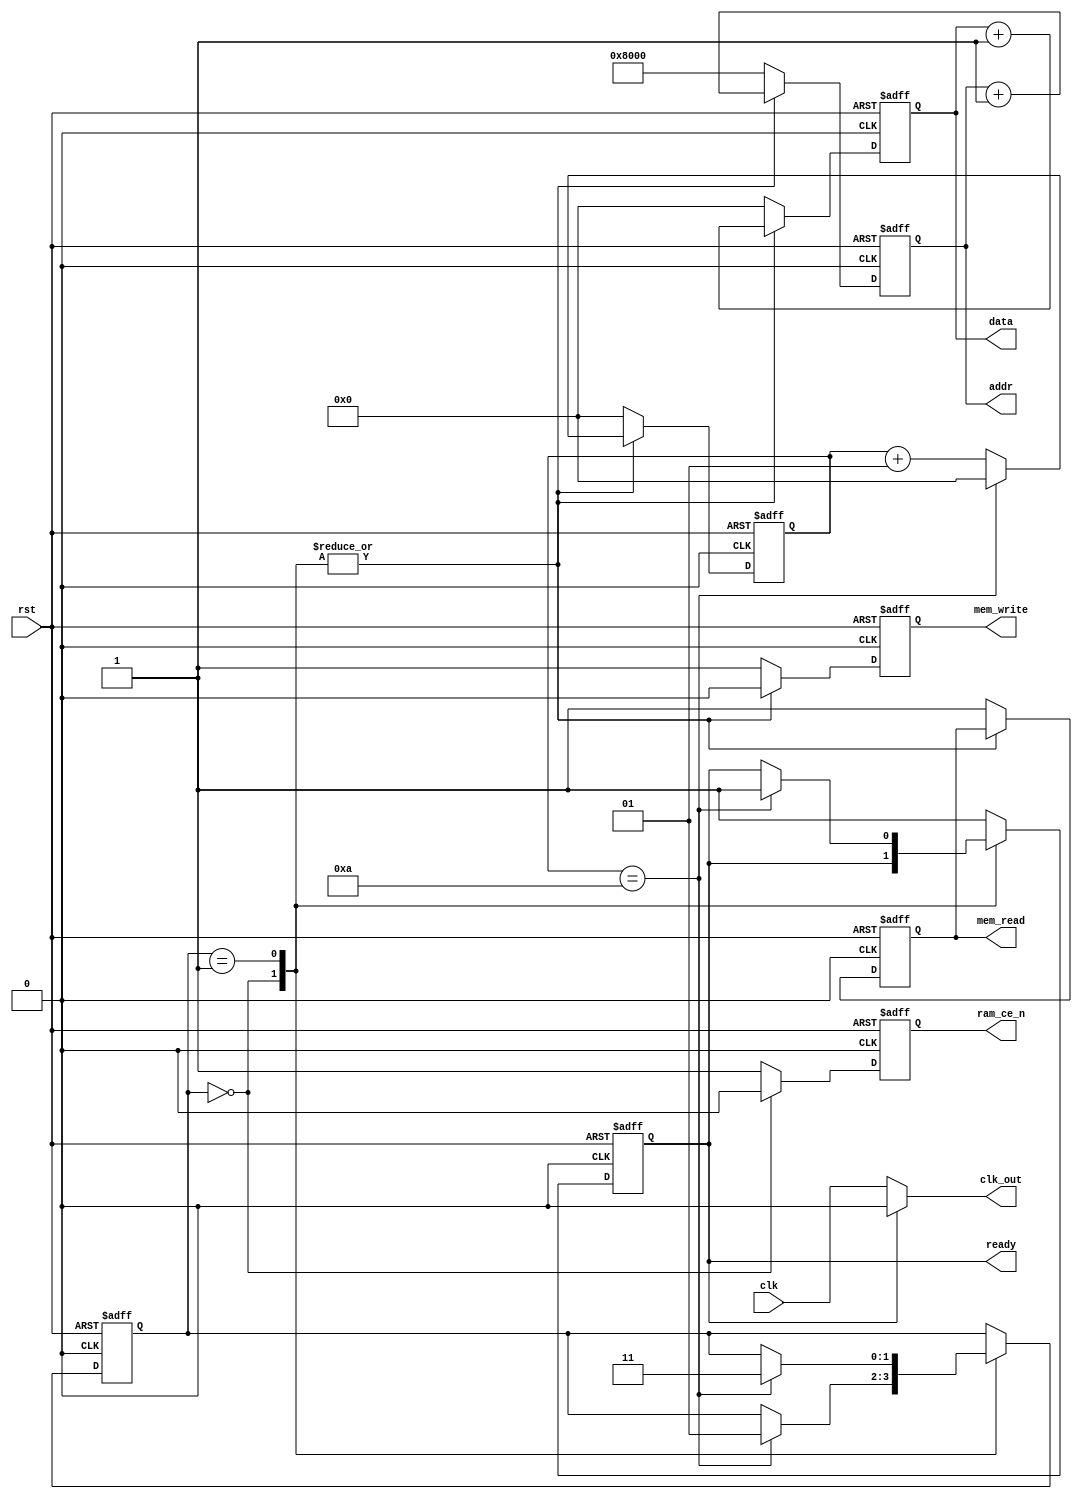
module test_memory(
    input wire clk,
    input wire rst,
    output wire[31:0] data,
    output wire[19:0] addr,
    output wire ram_ce_n,
    output wire mem_write,
    output wire mem_read,
    output wire clk_out,
    output wire ready
);

integer count = 0;
reg[1:0] state = 'b00;
reg[31:0] reg_data = 32'b0;
reg[19:0] reg_addr = 'h08000;
reg reg_ce,reg_write,reg_read = 'b1;
reg finish = 'b0;
wire clk_3 = 'b0;
integer count_clk = 0;


assign ready = finish;
assign data = reg_data;
assign addr = reg_addr;
assign ram_ce_n = reg_ce;
assign mem_write = reg_write;
assign mem_read = reg_read;
assign clk_out = (finish) ? 'b0 : clk;
assign clk_3 = ((count_clk == 0) && (!finish)) ? 'b1 : 'b0;

always@(posedge clk)
begin
    count_clk <= count_clk + 1;
    if (count_clk == 3)
        count_clk <= 0;
end

always@(posedge clk_3 or posedge rst)
begin
    if (rst) begin
        count <= 0;
        state <= 'b00;
        reg_data <= 32'b0;
        reg_addr <= 'h08000;
        reg_ce <= 'b1;
        reg_write <= 'b1;
        reg_read <= 'b1;
        finish <= 'b0;
    end
    else begin
        case (state)
            'b00: begin
                count <= count + 1;
                reg_ce <= 'b0;
                reg_write <= 'b0;
                reg_data <= reg_data + 'b1;
                reg_addr <= reg_addr + 'b1;
                if (count == 10) begin
                    count <= 0;
                    state <= 'b01;
                end
            end

            'b01: begin
                count <= count + 1;
                reg_ce <= 'b1;
                reg_write <= 'b0;
                reg_data <= reg_data + 'b1;
                reg_addr <= reg_addr + 'b1;
                if (count == 10) begin
                    count <= 0;
                    state <= 'b11;
                    finish <= 'b1;
                end
            end
            default: begin
                count <= 0;
                reg_data <= 32'b0;
                reg_addr <= 'h08000;
                reg_ce <= 'b1;
                reg_write <= 'b1;
                reg_read <= 'b1;
                finish <= 'b1;
            end
        endcase
    end


end

endmodule